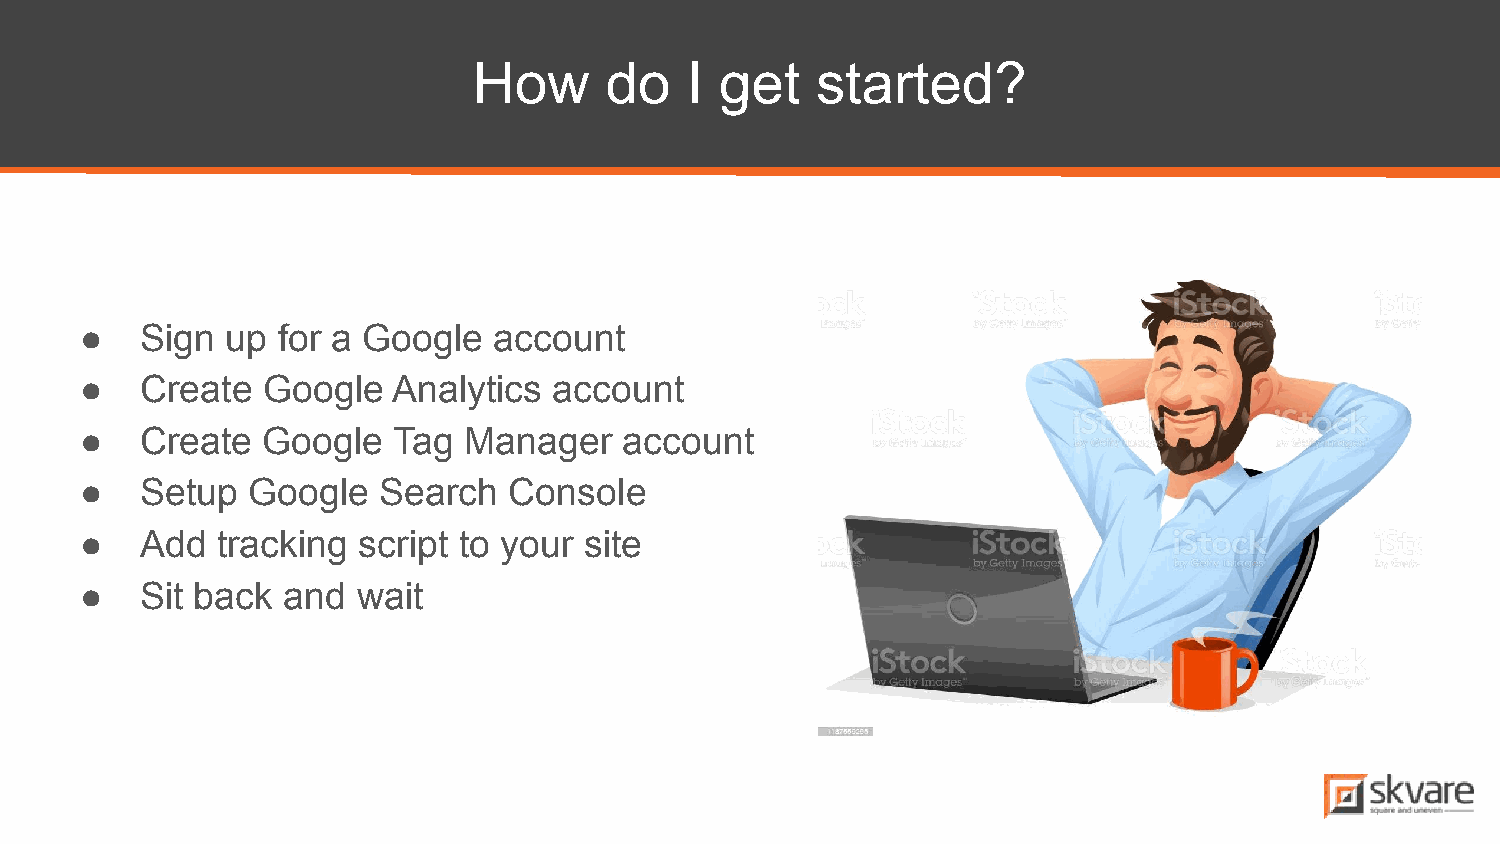
How      do   I  get   started?
 ●   Sign  up for a Google   account
 ●   Create  Google   Analytics  account
 ●   Create  Google   Tag  Manager   account
 ●   Setup  Google   Search   Console
 ●   Add  tracking  script to your site
 ●   Sit back  and  wait